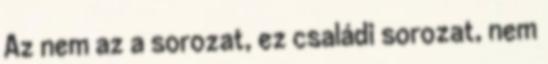
Az nem az a sorozat, ez családi sorozat, nem